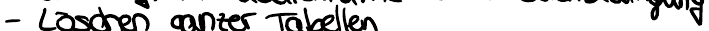
- Löschen ganzer Tabellen